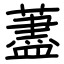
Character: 藎